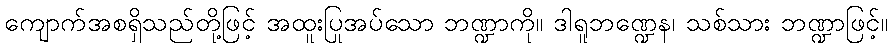
ကျောက်အစရှိသည်တို့ဖြင့် အထူးပြုအပ်သော ဘဏ္ဍာကို။ ဒါရူဘဏ္ဍေန၊ သစ်သား ဘဏ္ဍာဖြင့်။